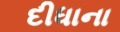
દીધાના